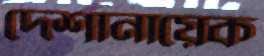
দেশানায়েক